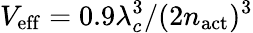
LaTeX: V_{\mathrm{eff}}=0.9\lambda_{c}^{3}/(2n_{\mathrm{act}})^{3}